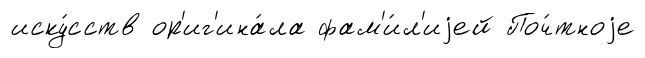
иску́сств ор'иг'ина́ла фам'и́л'иjей Поч́тноjе